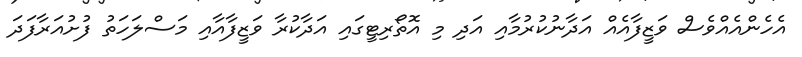
އެހެންއެއްވެސް ވަޒީފާއެއް އަދާނުކުރުމާއި އަދި މި އޮތޯރިޓީގައި އަދާކުރާ ވަޒީފާއާއި މަސްލަހަތު ފުށުއަރާފަދަ